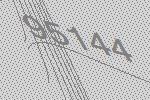
95144